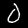
Label: 0